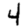
Digit: 4